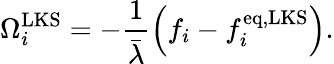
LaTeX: \Omega_{i}^{\mathrm{LKS}}=-\frac{1}{\bar{\lambda}}\left(f_{i}-f_{i}^{\mathrm{eq,LKS}}\right).